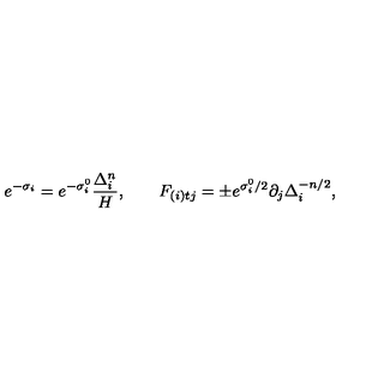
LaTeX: e ^ { - \sigma _ { i } } = e ^ { - \sigma _ { i } ^ { 0 } } \frac { \Delta _ { i } ^ { n } } { H } , \qquad { } F _ { ( i ) t j } = \pm e ^ { \sigma _ { i } ^ { 0 } / 2 } \partial _ { j } { \Delta _ { i } ^ { - n / 2 } } ,